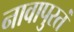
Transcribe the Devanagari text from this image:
नावापुरतं